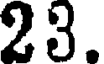
23.